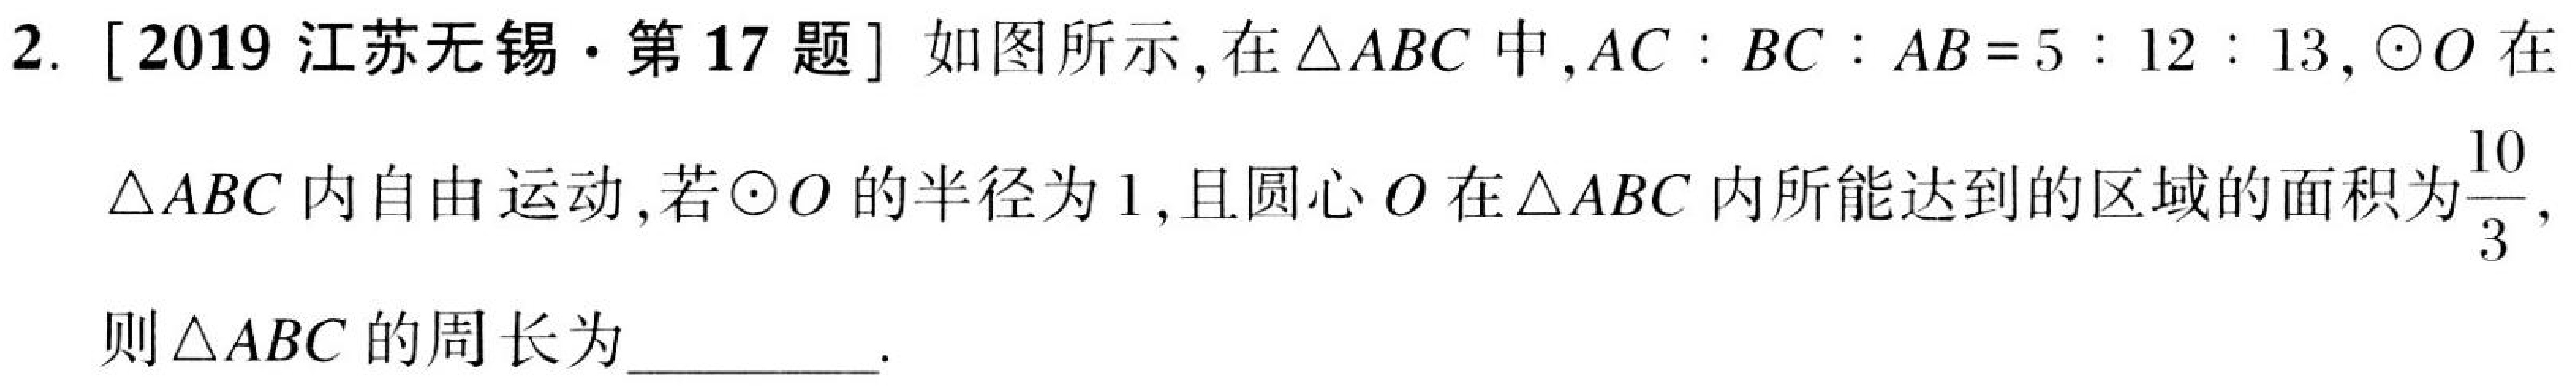
2. [2019江苏无锡·第17题] 如图所示，在\(\triangle ABC\)中，\(AC:BC:AB = 5:12:13\)，\(\odot O\)在
\(\triangle ABC\)内自由运动，若\(\odot O\)的半径为\(1\)，且圆心\(O\)在\(\triangle ABC\)内所能达到的区域的面积为\(\frac{10}{3}\)，
则\(\triangle ABC\)的周长为__________.